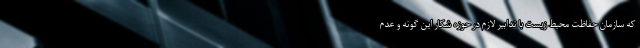
که سازمان حفاظت محیط زیست با تدابیر لازم در حوزه شکار این گونه و عدم